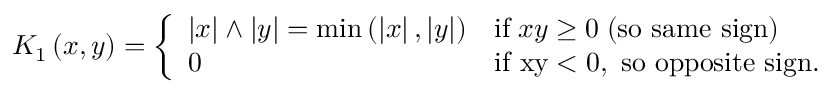
K _ { 1 } \left( x , y \right) = \left\{ \begin{array} { l l } { \left| x \right| \wedge \left| y \right| = \operatorname* { m i n } \left( \left| x \right| , \left| y \right| \right) } & { \mathrm { i f } \; x y \geq 0 \; \mathrm { ( s o ~ s a m e ~ s i g n ) } } \\ { 0 } & { \mathrm { i f ~ \ensuremath { x y < 0 , } ~ s o ~ o p p o s i t e ~ s i g n . } } \end{array} \right.